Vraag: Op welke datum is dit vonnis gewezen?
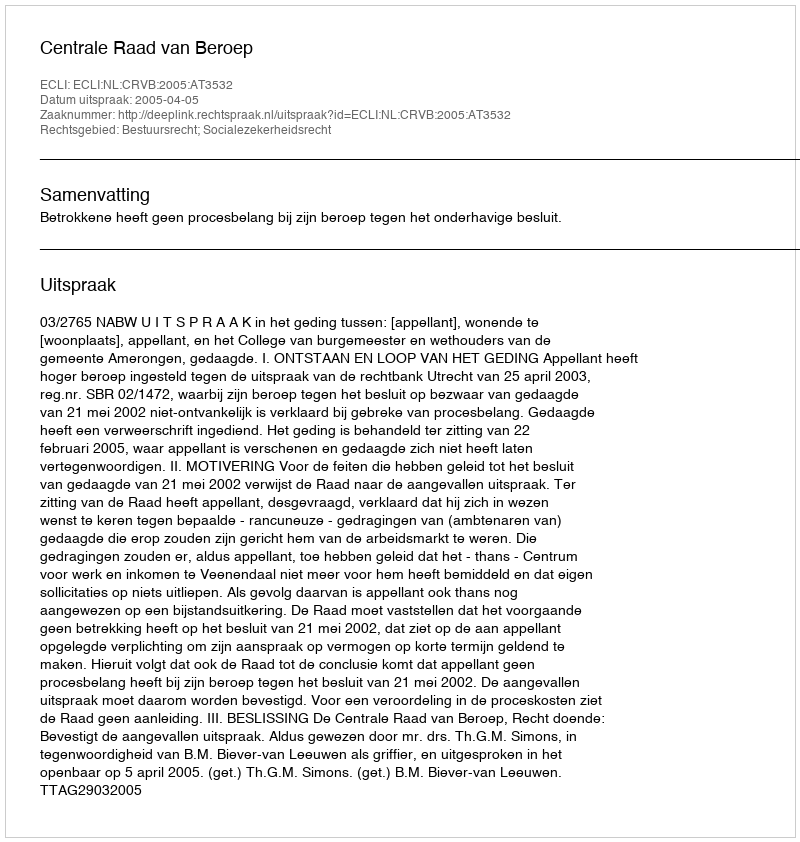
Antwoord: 2005-04-05